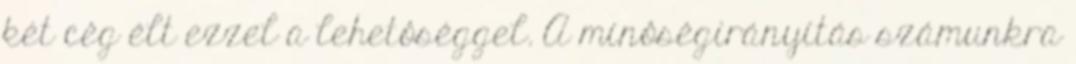
két cég élt ezzel a lehetôséggel. A minôségirányítás számunkra